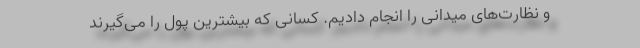
و نظارت‌های میدانی را انجام دادیم. کسانی که بیشترین پول را می‌گیرند